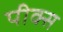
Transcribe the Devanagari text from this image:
पीक्स